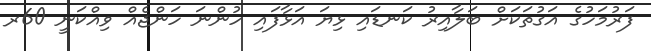
ފަރުމަހުގެ އަގުތަކަށް ބަލާއިރު ކަނޑައި ޅިޔަ އަޅާފައި ހުންނަ ހަންޖެއް ވިއްކަނީ 60ރ